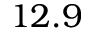
1 2 . 9